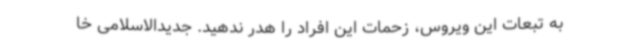
به تبعات این ویروس، زحمات این افراد را هدر ندهید. جدیدالاسلامی خا